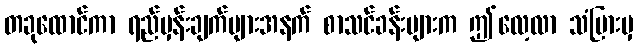
တခုထောင်ကာ ရည်မှန်းချက်များအနက် စာသင်ခန်းများက ဤလေ့လာ သံပြားမှ